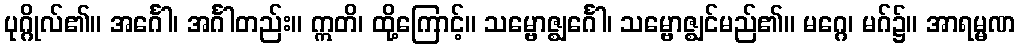
ပုဂ္ဂိုလ်၏။ အင်္ဂေါ၊ အင်္ဂါတည်း။ ဣတိ၊ ထို့ကြောင့်။ သမ္ဗောဇ္ဈင်္ဂေါ၊ သမ္ဗောဇ္ဈင်မည်၏။ မဂ္ဂေ၊ မဂ်၌။ အာရမ္မဏ